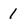
Character: 1